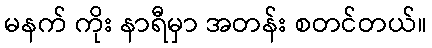
မနက် ကိုး နာရီမှာ အတန်း စတင်တယ်။